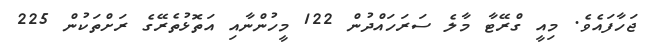
ޖަހާފައެވެ. މިއީ ގްރޭޓާ މާލެ ސަރަހައްދުން 122 މީހުންނާއި އަތޮޅުތެރޭގެ ރަށްތަކުން 225